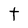
Character: t